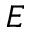
{ E }